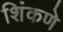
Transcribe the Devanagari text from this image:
शिंकणे